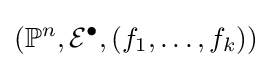
(\mathbb {P} ^{n},{\mathcal {E}}^{\bullet },(f_{1},\ldots ,f_{k}))